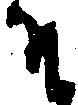
そ